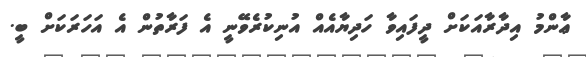
ޢާންމު އިދާރާއަކަށް ދީފައިވާ ހަދިޔާއެއް އުނިކުރެވޭނީ އެ ފަރާތުން އެ އަހަރަކަށް ބީ.